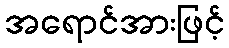
အရောင်အားဖြင့်